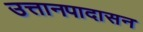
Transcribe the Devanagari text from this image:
उत्तानपादासन